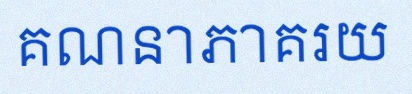
គណនាភាគរយ